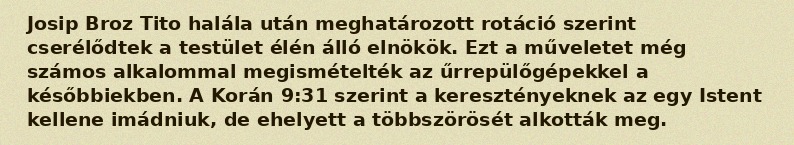
Josip Broz Tito halála után meghatározott rotáció szerint cserélődtek a testület élén álló elnökök. Ezt a műveletet még számos alkalommal megismételték az űrrepülőgépekkel a későbbiekben. A Korán 9:31 szerint a keresztényeknek az egy Istent kellene imádniuk, de ehelyett a többszörösét alkották meg.